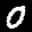
Label: 0